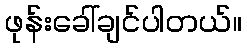
ဖုန်းခေါ်ချင်ပါတယ်။